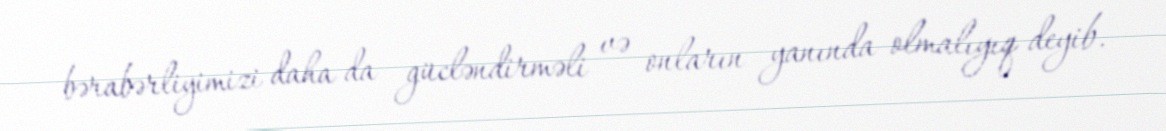
bərabərliyimizi daha da gücləndirməli və onların yanında olmalıyıq deyib.